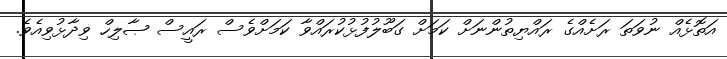
އަތޮޅެއް ނުވަތަ ރަށެއްގެ ރައްޔިތުންނަށް ކަމަށް ގަބޫލުފުޅުކުރައްވާ ކަމަށްވެސް ރައީސް ޞާލިހް ވިދާޅުވިއެވެ.